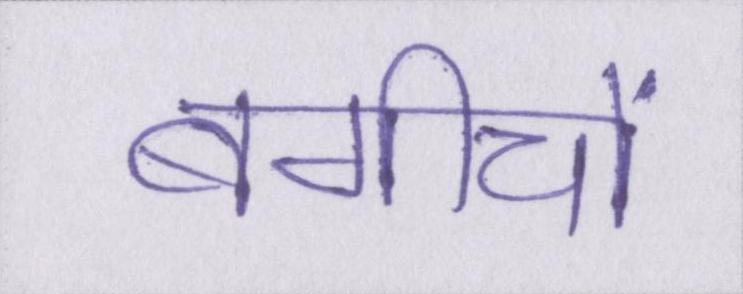
बगीचों